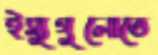
ইস্যুগুলোতে